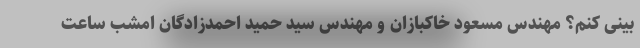
بینی کنم؟ مهندس مسعود خاکبازان و مهندس سید حمید احمدزادگان امشب ساعت